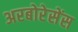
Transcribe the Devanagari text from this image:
अरबोरेसेंस